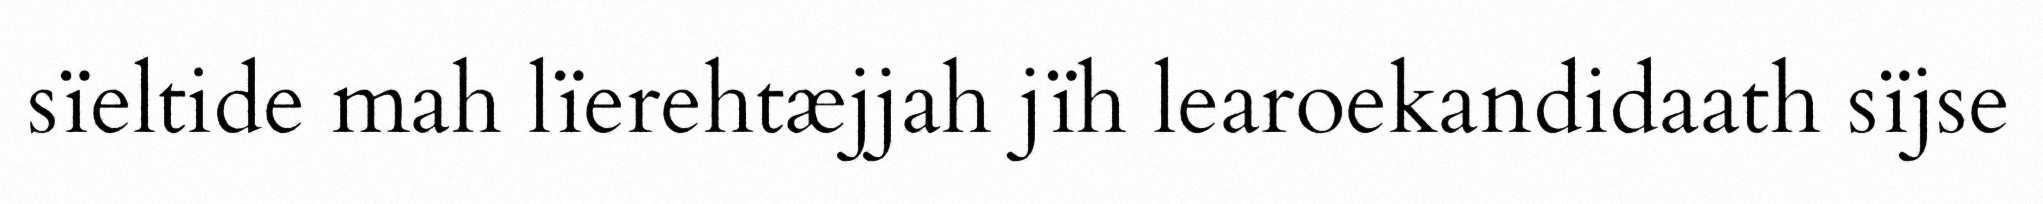
sïeltide mah lïerehtæjjah jïh learoekandidaath sïjse